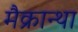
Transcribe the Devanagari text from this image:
मैक्रान्था